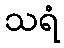
သရံ